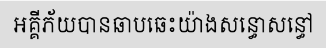
អគ្គីភ័យបានឆាបឆេះយ៉ាងសន្ធោសន្ធៅ